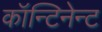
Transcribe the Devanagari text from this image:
कॉन्टिनेन्ट